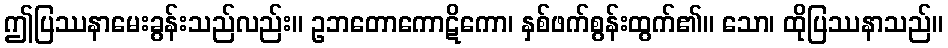
ဤပြဿနာမေးခွန်းသည်လည်း။ ဥဘတောကောဋိကော၊ နှစ်ဖက်စွန်းထွက်၏။ သော၊ ထိုပြဿနာသည်။